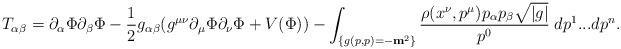
LaTeX: \begin{align*} T_{\alpha\beta}= \partial_\alpha \Phi\partial_\beta \Phi -\frac{1}{2}g_{\alpha\beta}(g^{\mu\nu}\partial_\mu\Phi\partial_\nu\Phi +V(\Phi))- \int_{\{g(p,p)=-\textbf{m}^2\}}\frac{\rho(x^\nu, p^\mu)p_\alpha p_\beta\sqrt{|g|}}{p^0}\;dp^1...dp^n. \end{align*}